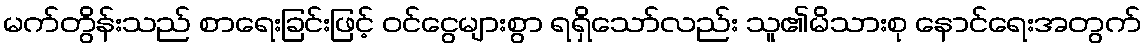
မက်တွိန်းသည် စာရေးခြင်းဖြင့် ဝင်ငွေများစွာ ရရှိသော်လည်း သူ၏မိသားစု နောင်ရေးအတွက်